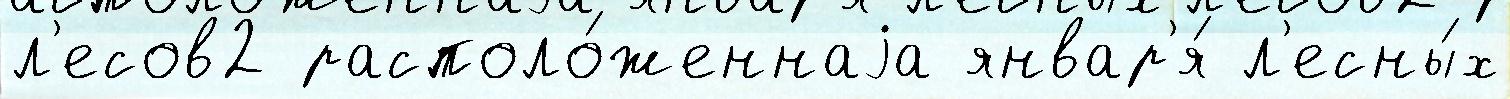
л'есов2 располо́женнаjа январ'я́ л'есны́х